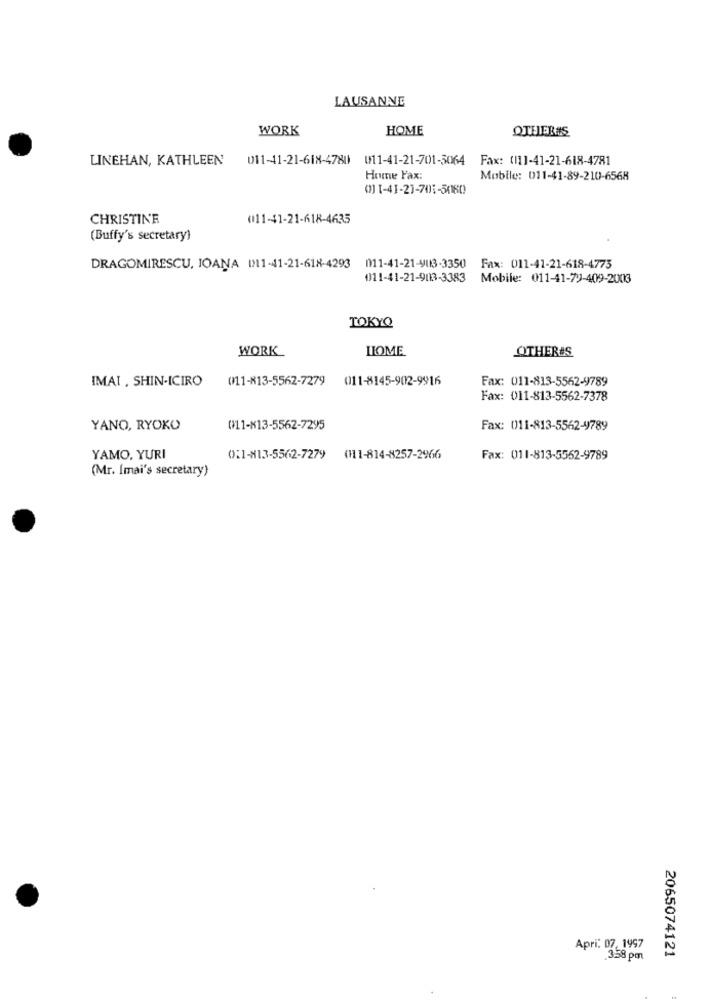
LAUSANNE
WORK
HOME
OTHER#S
LINEHAN, KATHLEEN'
011-41-21-618-4780 011-41-21-701-5064 Fax: (111-41-21-618-4781
Home Fax:
Mobile: 011-41-89-210-6568
01 1-41-21-701-50180
CHRISTINE
(11-41-21-618-4635
(Buffy's secretary)
DRAGOMIRESCU, JOANA [X11-41-21-618-4293 011-41-21-403-3350 Fax: 011-41-21-618-4775
0011-41-21-903-3383 Mobile: 011-41-79-409-2003
TOKYO
WORK
LIOME
OTHERES
IMAI , SHIN-ICIRO
(11-813-5562-7279
011-8145-902-9916
Fax: 011-813-5562-9789
Fax: 011-813-5562-7378
YANO, RYOKO
(11-x13-5562-7295
Fax: 011-813-5562-4789
YAMO. YURI
0:1-813-5562-7279
(111-814-8257-2966
Fax: 011-813-5562-9789
(Mr. Imai's secretary)
Apri: 07, 1997
2065074121
3.58 pm